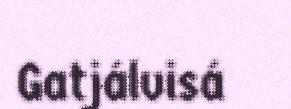
Gatjálvisá